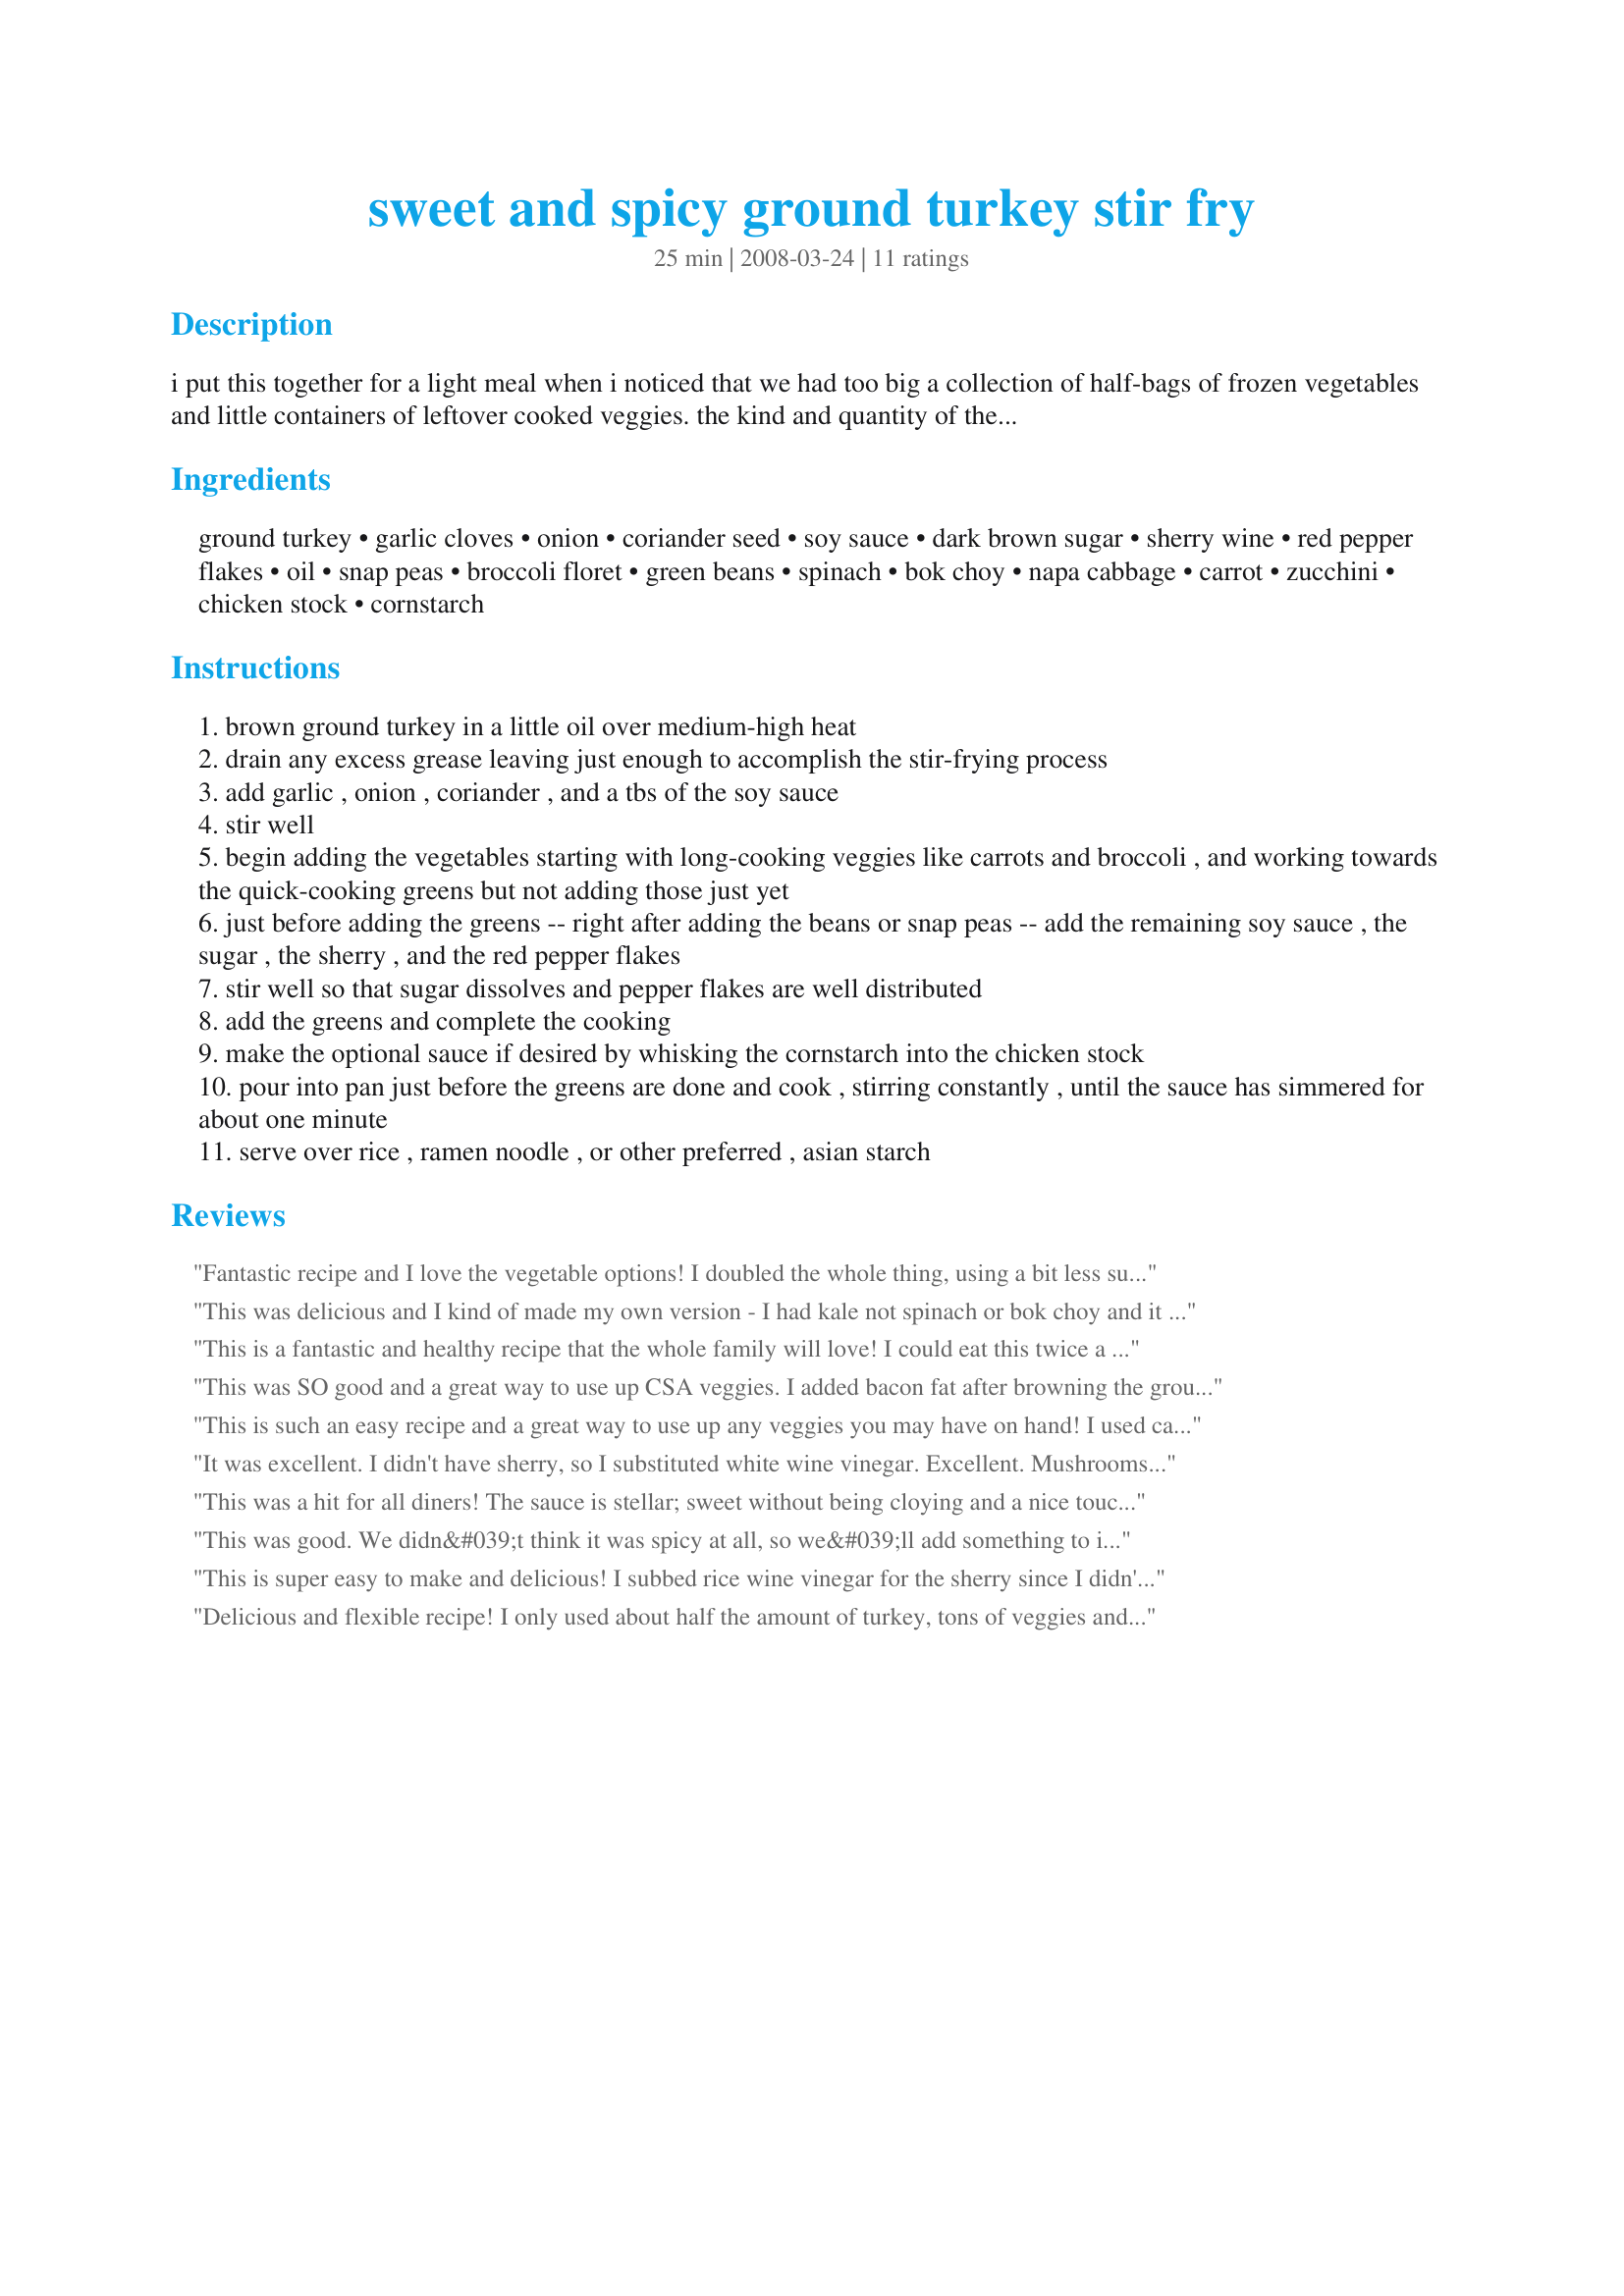
sweet and spicy ground turkey stir fry
Preparation time: 25 minutes

i put this together for a light meal when i noticed that we had too big a collection of half-bags of frozen vegetables and little containers of leftover cooked veggies. the kind and quantity of the vegetables can vary according to what you have -- you just need to end up with between 2 and 3 lbs. some people prefer a more generous amount of thickened sauce on their stir-fry dishes. with a diabetic in the house, i skip that part but i've included the directions if you want it.

Ingredients:
ground turkey, garlic cloves, onion, coriander seed, soy sauce, dark brown sugar, sherry wine, red pepper flakes, oil, snap peas, broccoli floret, green beans, spinach, bok choy, napa cabbage, carrot, zucchini, chicken stock, cornstarch

Steps:
brown ground turkey in a little oil over medium-high heat
drain any excess grease leaving just enough to accomplish the stir-frying process
add garlic , onion , coriander , and a tbs of the soy sauce
stir well
begin adding the vegetables starting with long-cooking veggies like carrots and broccoli , and working towards the quick-cooking greens but not adding those just yet
just before adding the greens -- right after adding the beans or snap peas -- add the remaining soy sauce , the sugar , the sherry , and the red pepper flakes
stir well so that sugar dissolves and pepper flakes are well distributed
add the greens and complete the cooking
make the optional sauce if desired by whisking the cornstarch into the chicken stock
pour into pan just before the greens are done and cook , stirring constantly , until the sauce has simmered for about one minute
serve over rice , ramen noodle , or other preferred , asian starch

Reviews:
Fantastic recipe and I love the vegetable options! I doubled the whole thing, using a bit less sugar. I used the thickened sauce...I think a must for this recipe. For the vegetables I used julienned carrots, some bell pepper, sliced mushrooms and spinach. I went a bit easy on the garlic but next time I'll use the full amount. I think I'd also use more red pepper flakes and maybe some ginger. Wonderful use of ground turkey! Served over brown rice.
This was delicious and I kind of made my own version - I had kale not spinach or bok choy and it was really good in there. I am making this tonight and this time I am going to get some bean sprouts and boston lettuce and let the kids make asian wraps with this! I might even serve this at a cocktail party in an asian wrap version with clear noodles, minced nuts, scallion, etc!
This is a fantastic and healthy recipe that the whole family will love! I could eat this twice a week! LOL!
This was SO good and a great way to use up CSA veggies. I added bacon fat after browning the ground turkey because even with the oil, there wasn&#039;t enough to stir fry in. I used cauliflower flourets, red bell pepper and bok choy. I also added ginger with the garlic and ommited the sherry (didn&#039;t have any). And I used white sugar in place of brown because that&#039;s what I had on hand. I made the thickening sauce too. Served it over quinoa. Needless to say there were no leftovers after my kids ate huge seconds!
This is such an easy recipe and a great way to use up any veggies you may have on hand! I used carrots and bok choy and sprinkled with scallions. I also added some ginger root and a bit more red pepper flakes. Not sure I liked the addition of the chicken broth, so I think next time I would reduce the amount of cornstarch and just add it to the soy sauce.
It was excellent. I didn't have sherry, so I substituted white wine vinegar. Excellent. Mushrooms are definitely a plus.
This was a hit for all diners! The sauce is stellar; sweet without being cloying and a nice touch of heat. I thickened the sauce as directed and used cooking sherry. The sherry in my opinion is vital. I played 'clean out the veggie bin' so had a colorful mix. I also think the sauce would make a great lo mein dish. Thank you for sharing this keeper of a recipe!
This was good. We didn&#039;t think it was spicy at all, so we&#039;ll add something to it next time. Maybe more red pepper flakes. We did add a chopped red bell pepper this time. The dish is really low-calorie, so we&#039;ll probably make this whenever we need to get back into the diet habit. It involves a LOT of chopping, so I&#039;m thinking about chopping mass quantities of vegetables during the weekend and storing them in the refrigerator so that we can grab what we need during the week and quickly throw this together.
This is super easy to make and delicious! I subbed rice wine vinegar for the sherry since I didn't have that ingredient. I love the versatility of throwing in whatever veggies I have. I used carrots and broccoli since those are my kids' faves and they ate it up. YUM!
Delicious and flexible recipe! I only used about half the amount of turkey, tons of veggies and used the optional thickening saucing. It came out great. I would cut back on the sugar next time, just our preference. Everything came together in a snap.Thanks for sharing this healthy and delicious recipe.
This was really good! I used the thickened sauce as well, but used water for that instead of chicken stock since I didn't have any. I didn't add the red pepper flakes because my kids wouldn't have touched it if I did. I loved the sweet/salty taste of the sauce. I used a bag of frozen stir-fry vegetables as well as fresh spinach and shredded cabbage. Served it over brown rice. Will definitely make it again!
